Insane asylums in Bengal annual reports 1876-1887 - 1876-1887
Year: 1876
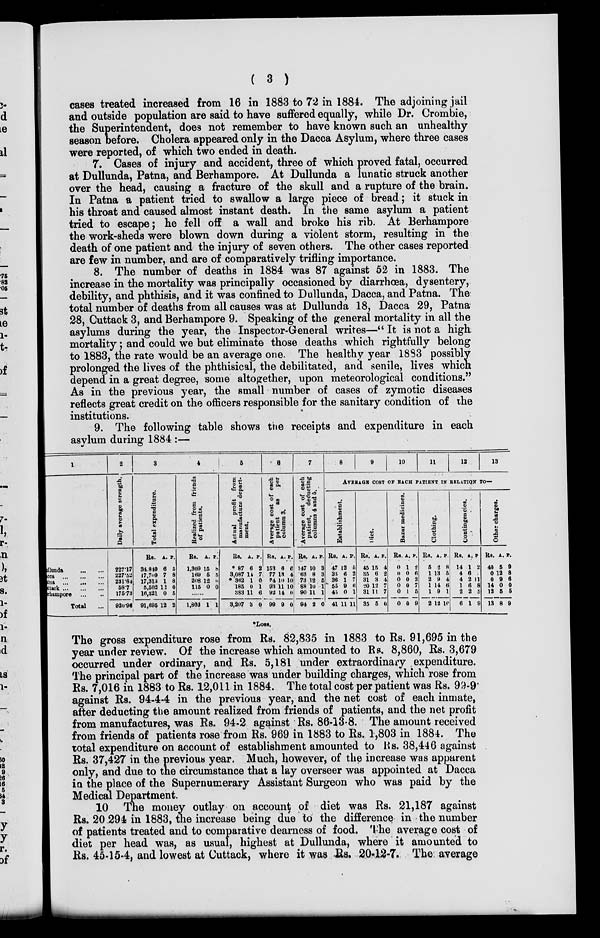
( 3 )
cases treated increased from 16 in 1883 to 72 in 1884. The adjoining jail
and outside population are said to have suffered equally, while Dr. Crombie,
the Superintendent, does not remember to have known such an unhealthy-
season before. Cholera appeared only in the Dacca Asylum, where three cases
were reported, of which two ended in death.
7. Cases of injury and accident, three of which proved fatal, occurred
at Dullunda, Patna, and Berhampore. At Dullunda a lunatic struck another
over the head, causing a fracture of the skull and a rupture of the brain.
In Patna a patient tried to swallow a large piece of bread; it stuck in
his throat and caused almost instant death. In the same asylum a patient
tried to escape; he fell off a wall and broke his rib. At Berhampore
the work-sheds were blown down during a violent storm, resulting in the
death of one patient and the injury of seven others. The other cases reported
are few in number, and are of comparatively trifling importance.
8. The number of deaths in 1884 was 87 against 52 in 1883. The
increase in the mortality was principally occasioned by diarrhœa, dysentery,
debility, and phthisis, and it was confined to Dullunda, Dacca, and Patna. The
total number of deaths from all causes was at Dullunda 18, Dacca 29, Patna
28, Cuttack 3, and Berhampore 9. Speaking of the general mortality in all the
asylums during the year, the Inspector-General writes—" It is not a high
mortality; and could we but eliminate those deaths which rightfully belong
to 1883, the rate would be an average one. The healthy year 1833 possibly
prolonged the lives of the phthisical, the debilitated, and senile, lives which
depend in a great degree, some altogether, upon meteorological conditions."
As in the previous year, the small number of cases of zymotic diseases
reflects great credit on the officers responsible for the sanitary condition of the
institutions.
9. The following table shows the receipts and expenditure in each
asylum during 1884 :—
1
Dullunda
...
...
Dacca
...
...
...
Patna
...
...
...
Cuttack
...
...
Berhampore ... ...
Total
...
2
Daily average strength.
227.17
227.52
231.84
5.87
175.73
920.96
3
Total expenditure.
Rs.
34.849
17,709
17,313
5,502
16,321
91,695
A.
6
7
1
12
0
12
P.
5
8
8
0
5
2
4
Realized from friends
of patients.
Rs.
1,309
169
208
115
A.
15
5
12
0
P.
8
5
0
0
......
1,803 1 1
5
Actual profit from
manufacture depart-
ment.
Rs.
* 87
3,087
* 362
185
383
3,207
A.
6
14
1
0
11
3
P.
2
7
0
1
6
0
6
Average cost of each
patient
as
per
column 3.
Rs.
153
77
74
93 92
99
A.
6
13
10
11
14
9
P.
6
4
10
10
0
0
7
Average cost of each
patient,
deducting
columns 4 and 5.
Rs.
147
63
73
88
90
94
A.
10
8
12
10
11
2
P.
3
3
5
1
1
0
8
9
10
11
12
13
AVERAGE COST OF EACH PATIENT IN RELATION TO—
Establishment.
Rs.
47
35
36
55
45
41
A.
12
6
1
9
0
11
P.
5
2
7
6
1
11
Diet.
Rs.
45
35
31
20
31
35
A.
15
6
3
12
11
5
P.
4
2
4
7
7
0
Bazar medicines.
Rs.
0
0
0
0
0
0
A.
1
0
0
0
1
0
P.
2
6
2
7
5
9
Clothing.
Rs.
5
1
2
1
1
2
A.
2
13
9
14
9
12
P.
8
0
4
6
1
10
Contingencies.
Rs.
14
4
4
1
2
6
A.
1
6
2
6
2
1
P.
2
1
11
8
5
9
Other charges.
Rs.
40
0
0
14
12
13
A.
5
12
9
0
5
8
P.
9
8
6
0
5
9
* Loss.
The gross expenditure rose from Rs. 82,835 in 1883 to Rs. 91,695 in the
year under review. Of the increase which amounted to Rs. 8,860, Rs. 3,679
occurred under ordinary, and Rs. 5,181 under extraordinary expenditure.
The principal part of the increase was under building charges, which rose from
Rs. 7,016 in 1883 to Rs. 12,011 in 1884. The total cost per patient was Rs. 99-9
against Rs. 94-4-4 in the previous year, and the net cost of each inmate,
after deducting the amount realized from friends of patients, and the net profit
from manufactures, was Rs. 94-2 against Rs. 86-13-8. The amount received
from friends of patients rose from Rs. 969 in 1883 to Rs. 1,803 in 1884. The
total expenditure on account of establishment amounted to Rs. 38,446 against
Rs. 37,427 in the previous year. Much, however, of the increase was apparent
only, and due to the circumstance that a lay overseer was appointed at Dacca
in the place of the Supernumerary Assistant Surgeon who was paid by the
Medical Department.
10 The money outlay on account of diet was Rs. 21,187 against
Rs. 20.294 in 1883, the increase being due to the difference in the number
of patients treated and to comparative dearness of food. The average cost of
diet per head was, as usual, highest at Dullunda, where it amounted to
Rs. 45-15-4, and lowest at Cuttack, where it was Rs. 20-12-7. The average